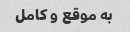
به موقع و کامل